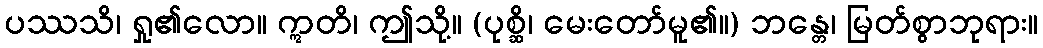
ပဿသိ၊ ရှု၏လော။ ဣတိ၊ ဤသို့။ (ပုစ္ဆိ၊ မေးတော်မူ၏။) ဘန္တေ၊ မြတ်စွာဘုရား။